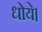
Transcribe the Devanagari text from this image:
धोये।